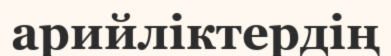
арийліктердің